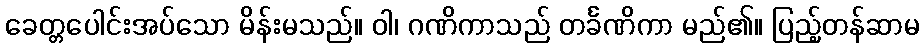
ခေတ္တပေါင်းအပ်သော မိန်းမသည်။ ဝါ၊ ဂဏိကာသည် တင်္ခဏိကာ မည်၏။ ပြည့်တန်ဆာမ